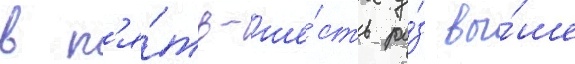
в п'я́ть-ше́сть ра́з вы́ше